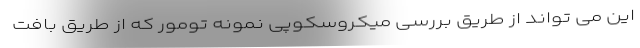
این می تواند از طریق بررسی میکروسکوپی نمونه تومور که از طریق بافت